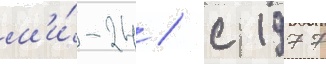
м'и́-24 / с 1977